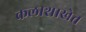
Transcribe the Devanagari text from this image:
कलाशाखेत